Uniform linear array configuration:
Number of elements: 16
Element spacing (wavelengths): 1
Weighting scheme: kaiser
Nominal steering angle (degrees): -60
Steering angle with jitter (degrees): -58.146
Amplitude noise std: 0.05
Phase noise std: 0.05

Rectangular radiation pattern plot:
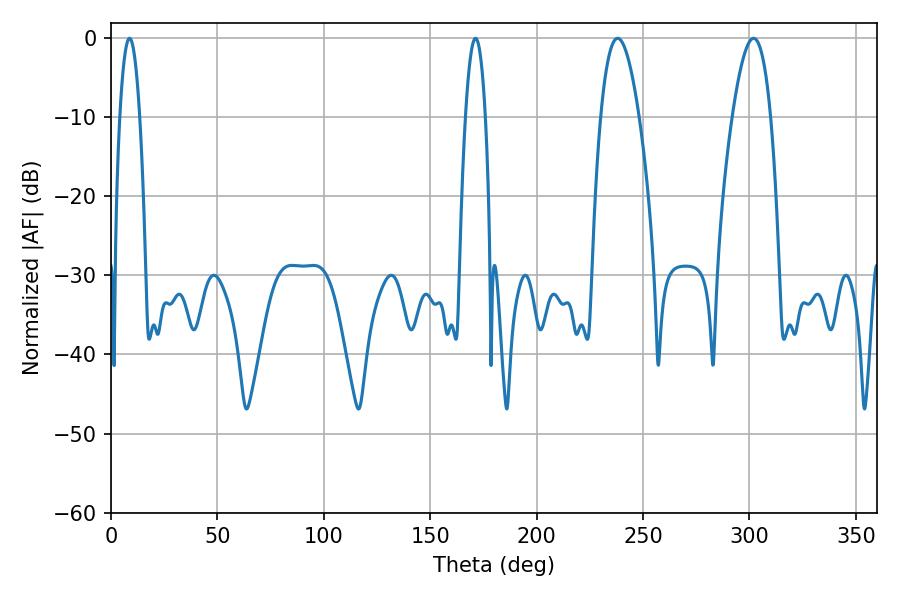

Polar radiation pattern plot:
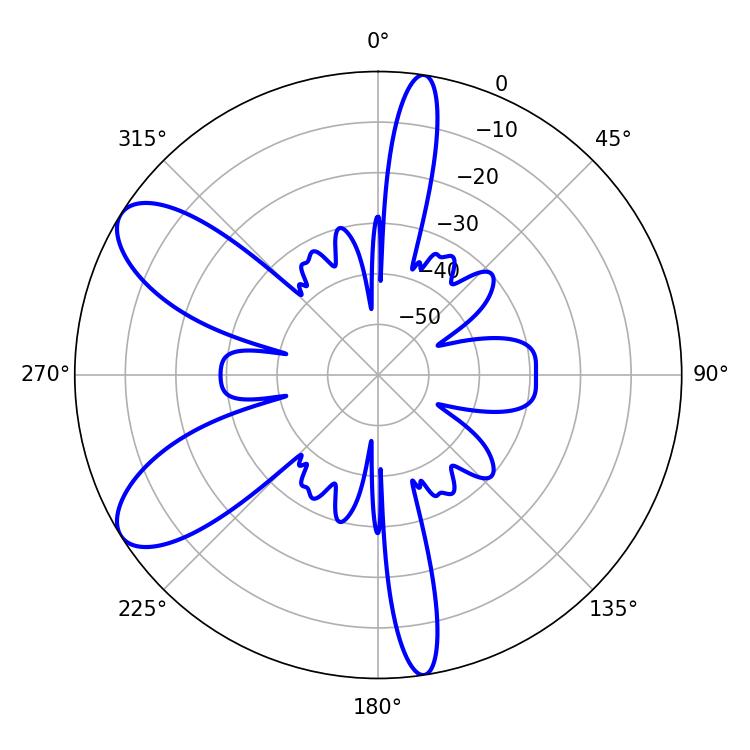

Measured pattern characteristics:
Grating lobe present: TRUE
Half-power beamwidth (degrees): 9.9
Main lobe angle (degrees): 238.14